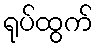
ရုပ်ထွက်